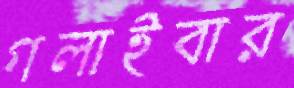
গলাইবার